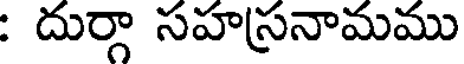
: దుర్గా సహస్రనామము